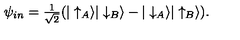
\psi _ { i n } = { \textstyle \frac { 1 } { \sqrt { 2 } } } ( | \uparrow _ { A } \rangle | \downarrow _ { B } \rangle - | \downarrow _ { A } \rangle | \uparrow _ { B } \rangle ) .